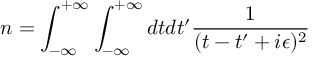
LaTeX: n = \int _ { - \infty } ^ { + \infty } \int _ { - \infty } ^ { + \infty } d t d t ^ { \prime } { \frac { 1 } { ( t - t ^ { \prime } + i \epsilon ) ^ { 2 } } }